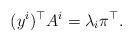
LaTeX: \begin{align*}(y^i)^{\top}A^i = \lambda_i \pi^{\top}.\end{align*}